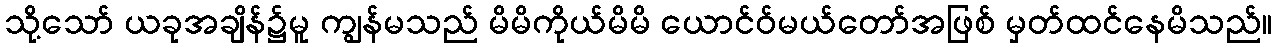
သို့သော် ယခုအချိန်၌မူ ကျွန်မသည် မိမိကိုယ်မိမိ ယောင်ဝ်မယ်တော်အဖြစ် မှတ်ထင်နေမိသည်။